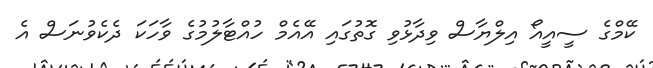
ކޭމްގެ ސީއީއޯ އިލްޔާސް ވިދާޅުވި ގޮތުގައި އޭއެމް ހުއްޓާލުމުގެ ވާހަކަ ދެކެވުނަސް އެ